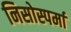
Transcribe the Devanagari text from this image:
निसोस्पर्मा